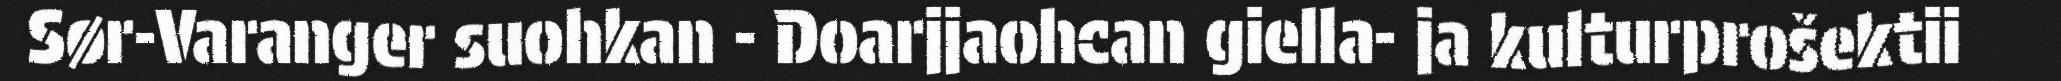
Sør-Varanger suohkan - Doarjjaohcan giella- ja kulturprošektii